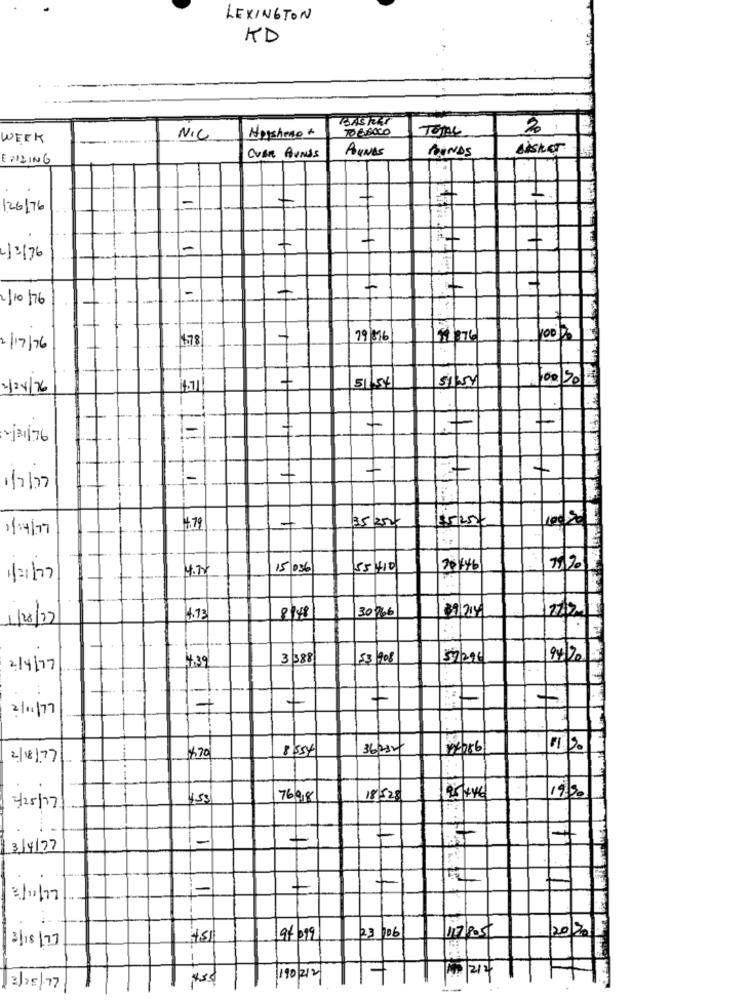
LEXINGTON
KD
TOBACCO
TOme
2.
WEEK
NIC
Hejsheno +
AUNAS
BONDS
BASKET
ENDING
CUAR BUNUS
126/76
1-
413/76
-
2/10/76
4578
19 316
$1876
8
2/17/76
+
100/201
2/24/76
14.71
51/56
51354
+
2/21/76
+
i-
1/7/27
1/4/77
4.79
35 250
$5 25€
4.72
15 036
55410
201446
1/21/77
30766
09/214
1/28/22
4.73
8148
3 388
53/208
57/29
2/4/77
7
2/11/77
12 711
8854
36,232
1113.
2/18/77
170
4.53
76/018
18/528
25 +46
19/30
4/25/17
1
1-
7
7
3/4/77
-
3/11/77
3/18/77
9/ 099
23 /06
212
455
190/212
2/25/77